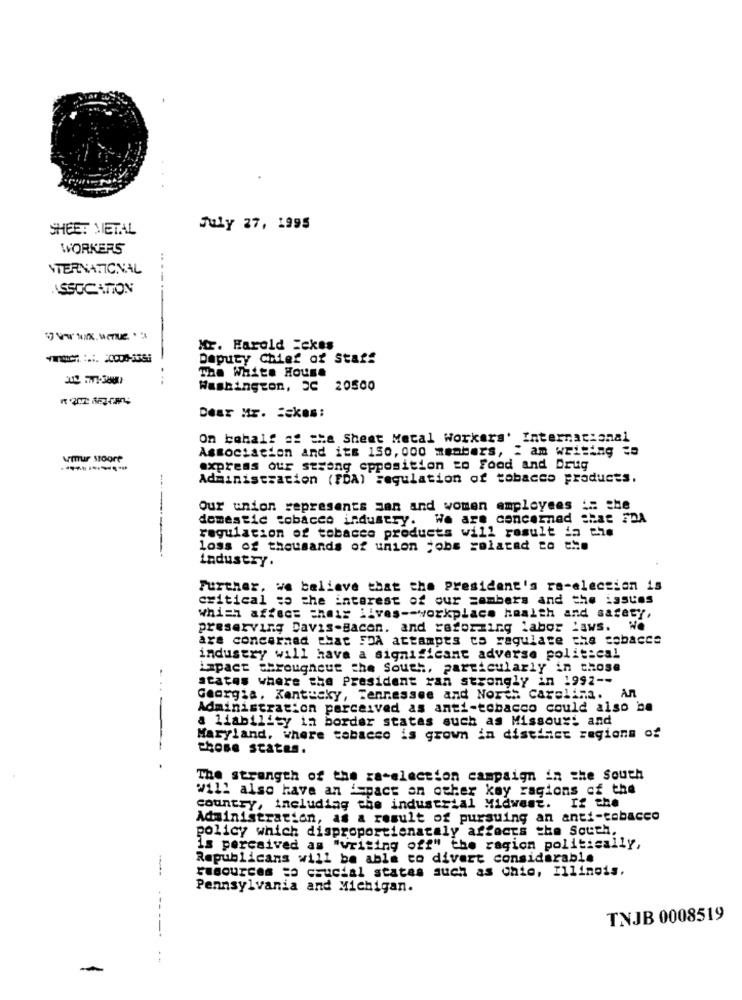
SHEET METAL
July 27, 1995
WORKERS
VTERNATIONAL
ASSOCATION
Mr. Harold Eckes
Deputy Chief of Staff
The White House
Washington, 3C 20500
Dear Mr. : ckes:
On behalf of the Sheet Metal Workers' Internacional
Association and its 150, 000 members, : am writing =
umur Moore
express our strong opposition zo Food and Drug
Administration (FDA) regulation of tobacco products.
Our union represents men and women employees :: che
domestic tobacco industry.
We are concerned Shat FDA
regulation of tobacco products will result in the
------
loss of thousands of union jobs related to the
industry.
Further, we believe that the president's re-election is
critical to the interest of our zambers and the issues
which affect their lives -- workplace health and safety,
preserving Davis-Bacon. and ratorzing Labor Laws. We
are concerned that FDA attampes to regulate the cobacce
industry will have a significant adverse politieal
impact throughout the South, particularly in chose
states where the President ran strongly in 1992 --
Georgia, Kentucky, Tennessee and North Carolina. An
Administration perceived as anti-tobacco could also be
a liability in border states such as Missouri and
Maryland, where tobacco is grown in distinct regions of
----
chose States.
.
The strength of the za-election campaign in the South
will also have an ispact an other kay ragions of the
country, including the industrial Midwest. If the
Administration, as a result of pursuing an anti-tobacco
policy which disproportionately affects the South,
is perceived as "writing off" the ragion politically,
Republicans will be able to divert considerable
resources to crucial states such as onie, Illinois.
Pennsylvania and Michigan.
---
TNJB 0008519
---